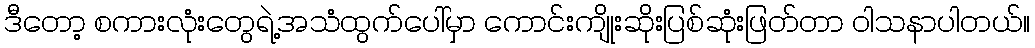
ဒီတော့ စကားလုံးတွေရဲ့အသံထွက်ပေါ်မှာ ကောင်းကျိုးဆိုးပြစ်ဆုံးဖြတ်တာ ဝါသနာပါတယ်။